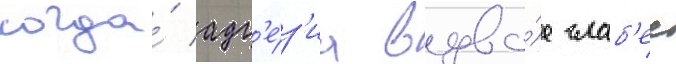
когда́ адг'е́з'иа вдво́е слаб'ее